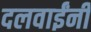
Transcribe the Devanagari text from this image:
दलवाईंनी